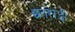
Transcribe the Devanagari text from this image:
छतराड़ी